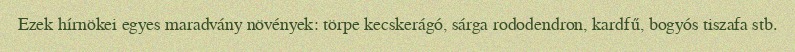
Ezek hírnökei egyes maradvány növények: törpe kecskerágó, sárga rododendron, kardfű, bogyós tiszafa stb.